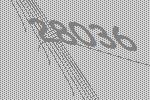
28036